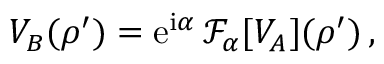
V _ { B } ( \boldsymbol \rho ^ { \prime } ) = \mathrm { e } ^ { \mathrm { i } \alpha } \, { \mathcal F } _ { \alpha } [ V _ { A } ] ( \boldsymbol \rho ^ { \prime } ) \, ,